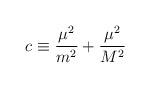
LaTeX: \begin{align*}c\equiv\frac {\mu^2}{m^2}+\frac {\mu^2}{M^2}\end{align*}